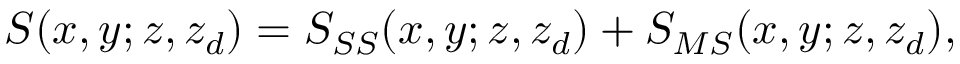
S ( x , y ; z , z _ { d } ) = S _ { S S } ( x , y ; z , z _ { d } ) + S _ { M S } ( x , y ; z , z _ { d } ) ,